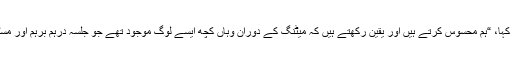
سید صادق نے پریس کانفرنس میں کہا، “ہم محسوس کرتے ہیں اور یقین رکھتے ہیں کہ میٹنگ کے دوران وہاں کچھ ایسے لوگ موجود تھے جو جلسہ درہم برہم اور مسٹر ماثرکو زخمی کرنا چاہتے تھے۔